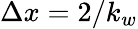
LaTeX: \Delta x=2/k_{w}